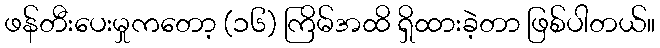
ဖန်တီးပေးမှုကတော့ (၁၆) ကြိမ်အထိ ရှိထားခဲ့တာ ဖြစ်ပါတယ်။